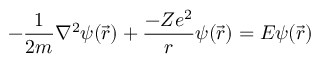
- { \frac { 1 } { 2 m } } \nabla ^ { 2 } \psi ( { \vec { r } } ) + { \frac { - Z e ^ { 2 } } { r } } \psi ( { \vec { r } } ) = E \psi ( { \vec { r } } )